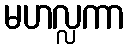
မဟလ္လကာ